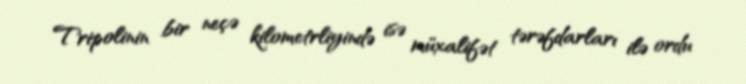
Tripolinin bir neçə kilometrliyində isə müxalifət tərəfdarları ilə ordu